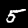
Label: 5